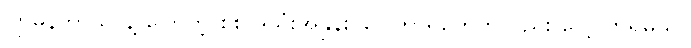
ဂျာမန်ဘာသာနဲ့ ပြောတဲ့ စစ်အသုံးအနှုန်း၊ ဝေါဟာရတွေကိုလည်း လေ့လာရမယ်။